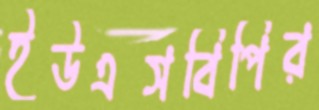
ইউএসবিপির